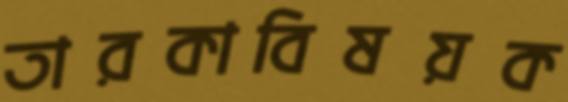
তারকাবিষয়ক